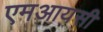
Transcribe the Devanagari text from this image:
एमआयसी